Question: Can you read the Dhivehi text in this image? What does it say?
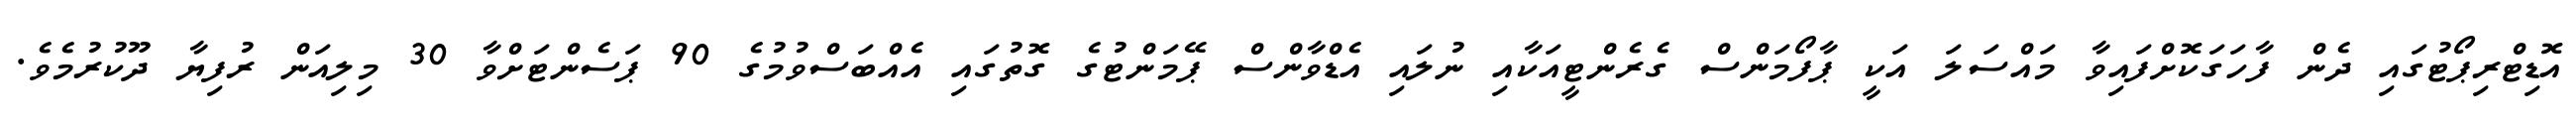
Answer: އޮޑިޓްރިޕޯޓުގައި ދެން ފާހަގަކޮށްފައިވާ މައްސަލަ އަކީ ޕާފޯމަންސް ގެރެންޓީއަކާއި ނުލައި އެޑްވާންސް ޕޭމަންޓުގެ ގޮތުގައި އެއްބަސްވުމުގެ 90 ޕަސެންޓަށްވާ 30 މިލިއަން ރުފިޔާ ދޫކުރުމެވެ.